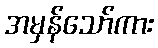
အမှန်သော်ကား